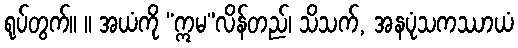
ရုပ်တွက်။ ။ အယံကို “ဣမ”လိန်တည်၊ သိသက်, အနပုံသကဿာယံ